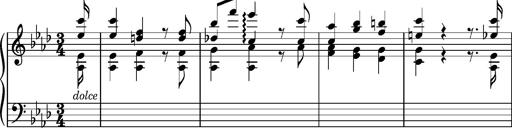
Title: Album-Leaf, S.163r
Composer: Franz Liszt
Key: A-flat major